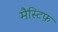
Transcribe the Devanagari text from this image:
मैस्टिफ़